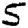
Digit: 5